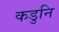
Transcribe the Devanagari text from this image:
कडुनि